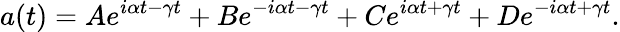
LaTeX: a(t)=Ae^{i\alpha t-\gamma t}+Be^{-i\alpha t-\gamma t}+Ce^{i\alpha t+\gamma t}+De^{-i\alpha t+\gamma t}.